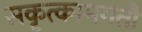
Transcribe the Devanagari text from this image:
सकृत्कामगतौ